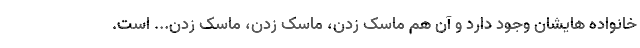
خانواده هایشان وجود دارد و آن هم ماسک زدن، ماسک زدن، ماسک زدن... است.